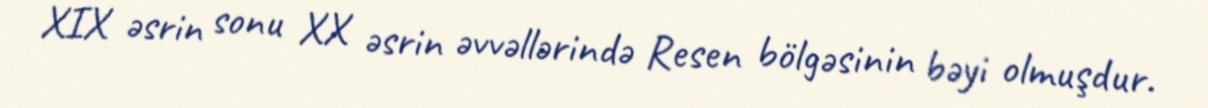
XIX əsrin sonu XX əsrin əvvəllərində Resen bölgəsinin bəyi olmuşdur.